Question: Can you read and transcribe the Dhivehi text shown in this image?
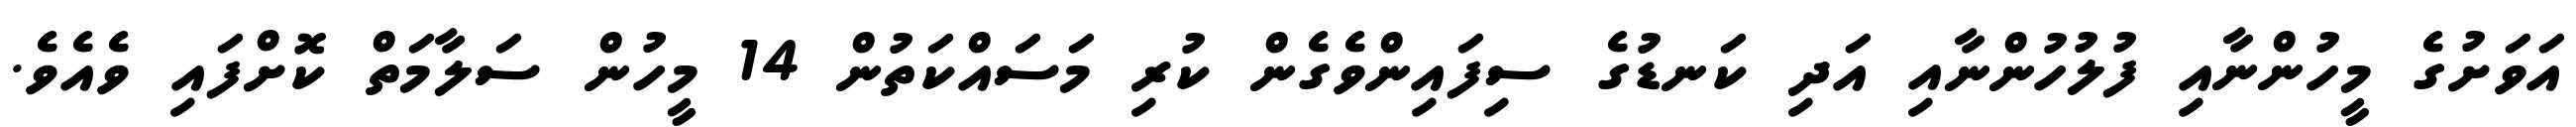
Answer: އަވަށުގެ މީހުންނާއި ފުލުހުންނާއި އަދި ކަނޑުގެ ސިފައިންވެގެން ކުރި މަސައްކަތުން 14 މީހުން ސަލާމަތް ކޮށްފައި ވެއެވެ.